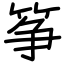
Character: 筝